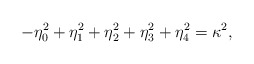
\begin{align*} -\eta_0^2 + \eta_1^2+ \eta_2^2+ \eta_3^2+ \eta_4^2 =\kappa^2,\end{align*}